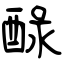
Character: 醁